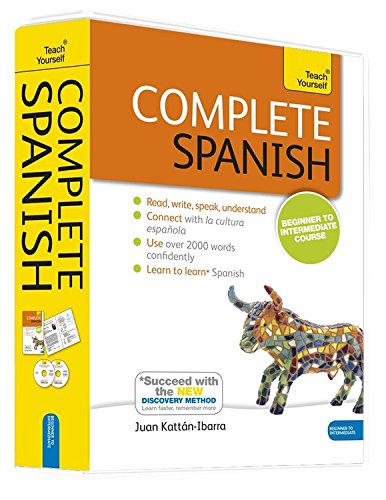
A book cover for Complete Spanish Beginner to Intermediate Course: Learn to read, write, speak and understand a new language (Teach Yourself); Juan Kattan Ibarra; Travel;